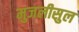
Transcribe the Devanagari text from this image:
मुजलीसुल